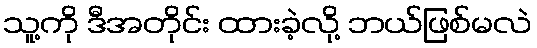
သူ့ကို ဒီအတိုင်း ထားခဲ့လို့ ဘယ်ဖြစ်မလဲ